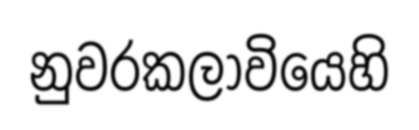
නුවරකලාවියෙහි